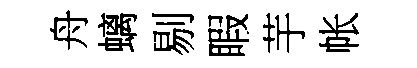
舟螭剔睱芋帐